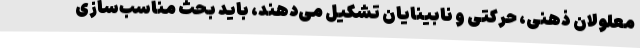
معلولان ذهنی، حرکتی و نابینایان تشکیل می‌دهند، باید بحث مناسب‌سازی